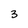
Character: 3